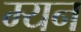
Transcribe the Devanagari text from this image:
म्यन